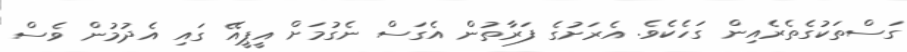
ގަސްތަކުގެތެރެއިން ގަހެކެވެ. އެރަށުގެ ފަރާތުން އެގަސް ނެގުމަށް އީޕީއޭ ގައި އެދުމުން ވެސް